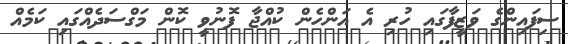
ސިފައިންގެ ވަޒީފާގައި ހުރި އެ އަންހެން ކުއްޖާ ފޮނުވީ ކޮން މަގްސަދެއްގައި ކަމެއް